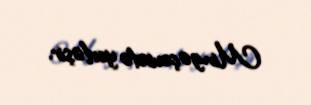
Mingəçevirdə yerləşir.